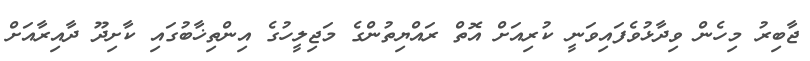
ޖާބިރު މިހެން ވިދާޅުވެފައިވަނީ ކުރިއަށް އޮތް ރައްޔިތުންގެ މަޖިލީހުގެ އިންތިޚާބުގައި ކާށިދޫ ދާއިރާއަށް